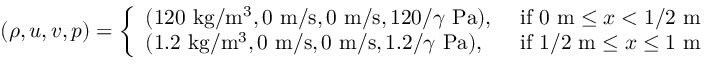
( \rho , u , v , p ) = \left\{ \begin{array} { l l } { ( 1 2 0 \mathrm { ~ k g } / \mathrm { m } ^ { 3 } , 0 \mathrm { ~ m } / \mathrm { s } , 0 \mathrm { ~ m } / \mathrm { s } , 1 2 0 / \gamma \mathrm { ~ P a } ) , } & { \mathrm { ~ i f ~ } 0 \mathrm { ~ m } \leq x < 1 / 2 \mathrm { ~ m } } \\ { ( 1 . 2 \mathrm { ~ k g } / \mathrm { m } ^ { 3 } , 0 \mathrm { ~ m } / \mathrm { s } , 0 \mathrm { ~ m } / \mathrm { s } , 1 . 2 / \gamma \mathrm { ~ P a } ) , } & { \mathrm { ~ i f ~ } 1 / 2 \mathrm { ~ m } \leq x \leq 1 \mathrm { ~ m } } \end{array} \right.